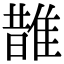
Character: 䧿